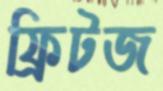
ফ্রিটজ